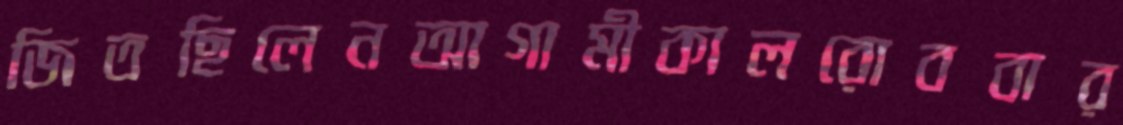
জিতছিলেনআগামীকালরোববার